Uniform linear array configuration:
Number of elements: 4
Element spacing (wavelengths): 0.5
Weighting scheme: blackman
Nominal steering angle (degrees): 0
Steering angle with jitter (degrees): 0.9597
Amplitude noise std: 0.05
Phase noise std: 0.05

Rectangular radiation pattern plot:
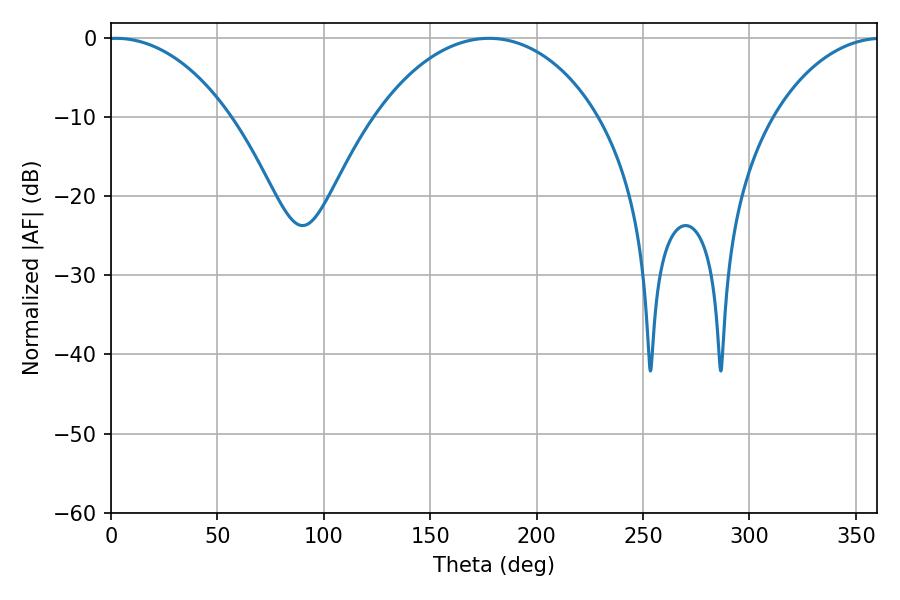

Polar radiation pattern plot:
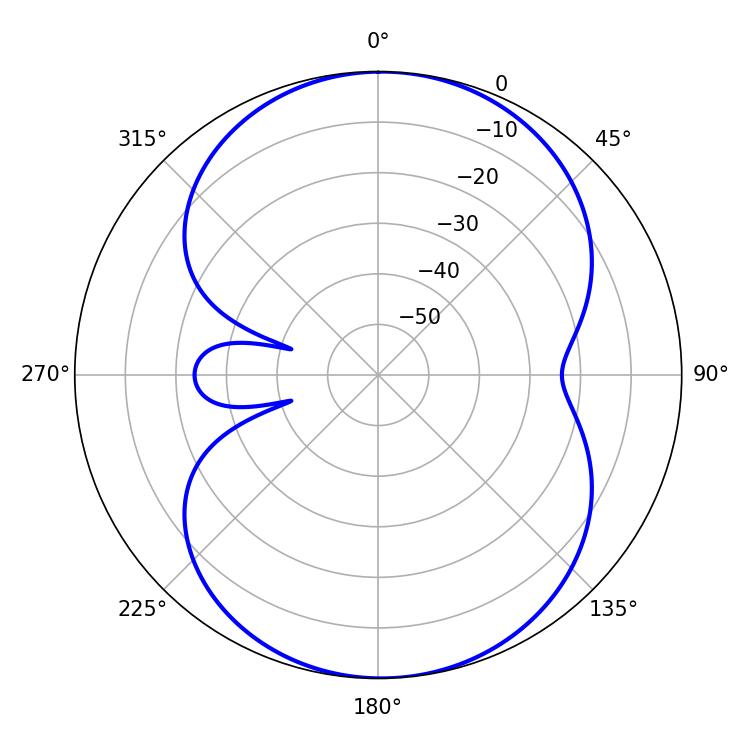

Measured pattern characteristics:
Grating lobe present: FALSE
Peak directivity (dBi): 12.372
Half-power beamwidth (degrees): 32.76
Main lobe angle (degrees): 2.34